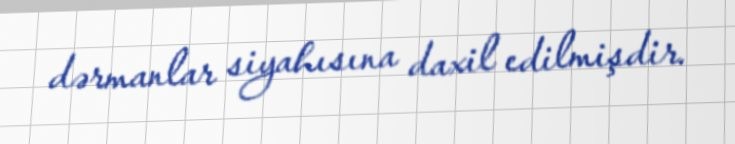
dərmanlar siyahısına daxil edilmişdir.